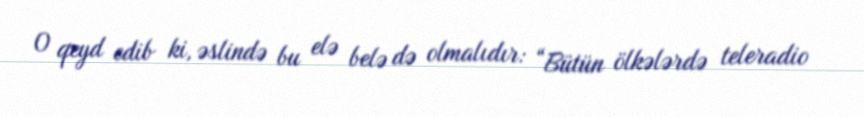
O qeyd edib ki, əslində bu elə belə də olmalıdır: “Bütün ölkələrdə teleradio